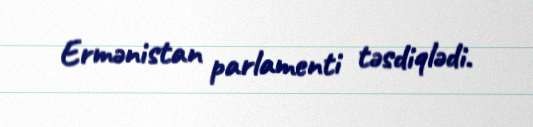
Ermənistan parlamenti təsdiqlədi.